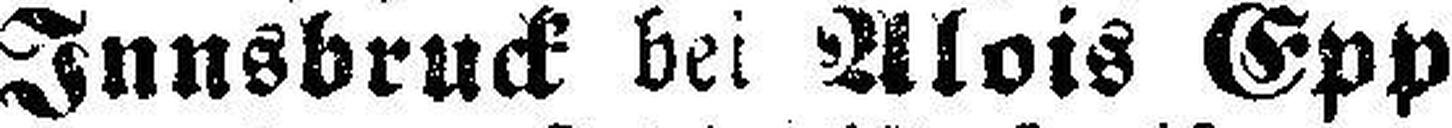
Innsbruck bei Alois Epp